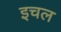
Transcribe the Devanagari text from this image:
इचल